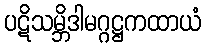
ပဋိသမ္ဘိဒါမဂ္ဂဋ္ဌကထာယံ